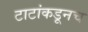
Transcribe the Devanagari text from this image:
टाटांकडूनच